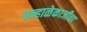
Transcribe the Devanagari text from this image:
पन्हाळेकाजीचा